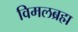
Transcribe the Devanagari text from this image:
विमलब्रह्म